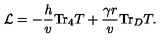
{ \cal L } = - \frac { h } { v } \mathrm { T r } _ { 4 } T + \frac { \gamma r } { v } \mathrm { T r } _ { D } T .